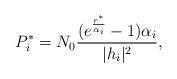
LaTeX: \begin{align*}P_i^*=N_0 \frac{(e^{\frac{r^*}{\alpha_i}}-1)\alpha_i}{|h_i|^2},\end{align*}